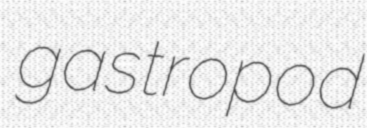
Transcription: gastropod